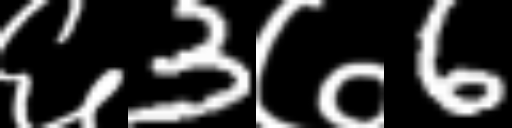
Text: ६3७6